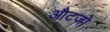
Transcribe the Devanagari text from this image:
औटजो